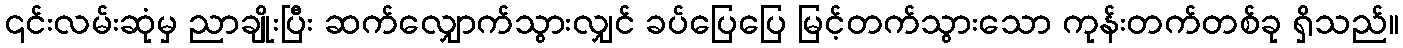
၎င်းလမ်းဆုံမှ ညာချိုးပြီး ဆက်လျှောက်သွားလျှင် ခပ်ပြေပြေ မြင့်တက်သွားသော ကုန်းတက်တစ်ခု ရှိသည်။